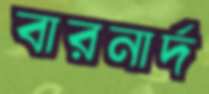
বারনার্দ